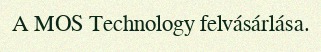
A MOS Technology felvásárlása.